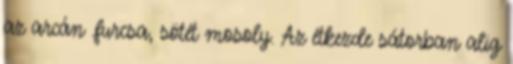
az arcán .furcsa, sötét mosoly. Az étkezde sátorban alig